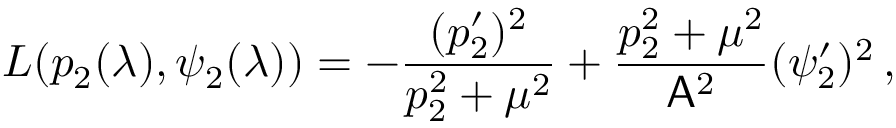
L ( p _ { 2 } ( \lambda ) , \psi _ { 2 } ( \lambda ) ) = - \frac { ( p _ { 2 } ^ { \prime } ) ^ { 2 } } { p _ { 2 } ^ { 2 } + \mu ^ { 2 } } + \frac { p _ { 2 } ^ { 2 } + \mu ^ { 2 } } { \mathsf { A } ^ { 2 } } ( \psi _ { 2 } ^ { \prime } ) ^ { 2 } \, ,